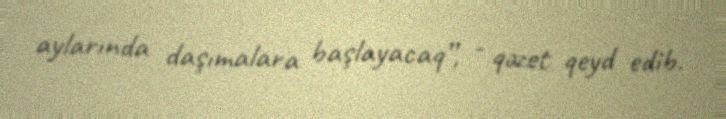
aylarında daşımalara başlayacaq”, - qəzet qeyd edib.